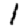
Digit: 1